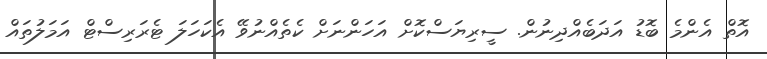
އޮތް އެންމެ ބޮޑު އަދަބެއްދިނުން. ސީރިޔަސްކޮށް އަހަންނަށް ކެތެއްނުވޭ އެކަހަލަ ޓެރަރިސްޓް އަމަލުތައް